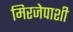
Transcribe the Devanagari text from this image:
मिरजेपाशी